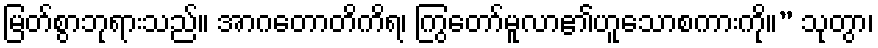
မြတ်စွာဘုရားသည်။ အာဂတောတိကိရ၊ ကြွတော်မူလာ၏ဟူသောစကားကို။” သုတွာ၊